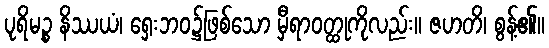
ပုရိမဉ္စ နိဿယံ၊ ရှေးဘဝ၌ဖြစ်သော မှီရာဝတ္ထုကိုလည်း။ ဇဟတိ၊ စွန့်၏။